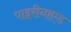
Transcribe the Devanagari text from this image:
पाइरीनाएड